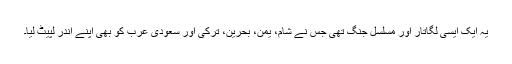
یہ ایک ایسی لگاتار اور مسلسل جنگ تھی جس نے شام، یمن، بحرین، ترکی اور سعودی عرب کو بھی اپنے اندر لپیٹ لیا۔